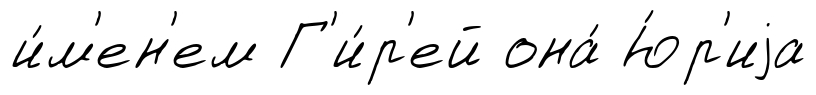
и́м'ен'ем Г'и́р'ей она́ Ю́р'иjа